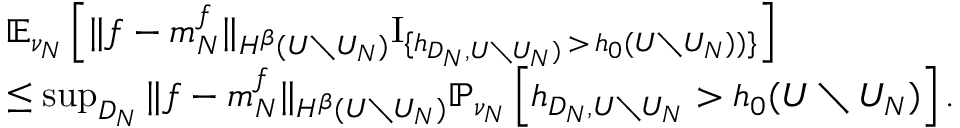
\begin{array} { r l } & { \mathbb { E } _ { \nu _ { N } } \left[ \| f - m _ { N } ^ { f } \| _ { H ^ { \beta } ( U \setminus U _ { N } ) } \mathrm { I } _ { \{ h _ { D _ { N } , U \setminus U _ { N } ) } \, > \, h _ { 0 } ( U \setminus U _ { N } ) ) \} } \right] } \\ & { \leq \operatorname* { s u p } _ { D _ { N } } \| f - m _ { N } ^ { f } \| _ { H ^ { \beta } ( U \setminus U _ { N } ) } \mathbb { P } _ { \nu _ { N } } \left[ h _ { D _ { N } , U \setminus U _ { N } } > h _ { 0 } ( U \setminus U _ { N } ) \right] . } \end{array}